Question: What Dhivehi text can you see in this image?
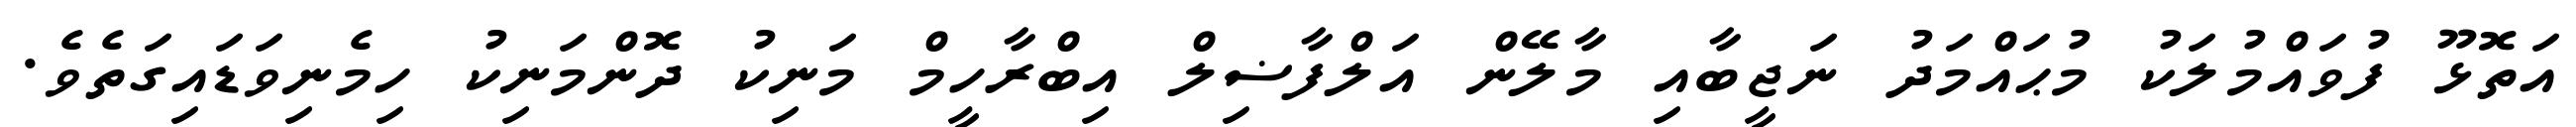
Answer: އަތޮޅޫ ފުވައްމުލަކު މުޙައްމަދު ނަޖީބާއި މާލޭން އަލްފާޟިލް އިބްރާހީމް މަނިކު ދޮންމަނިކު ހިމެނިވަޑައިގަތެވެ.